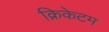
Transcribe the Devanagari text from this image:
क्रिकेटम